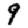
Digit: 9